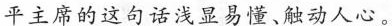
平主席的这句话浅显易懂、触动人心。